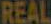
REAL